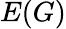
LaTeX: E(G)